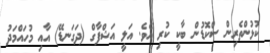
ކުޅުންތެރިން ސްކޮޑުން ބާކީ ކުރި އެވެ. އަލީ އަޝްފާގް (ދަގަނޑޭ) އާއި މުހައްމަދު